Vaccination North-Western Provinces and Oudh 1878-1895 - 1878-1895
Year: 1878
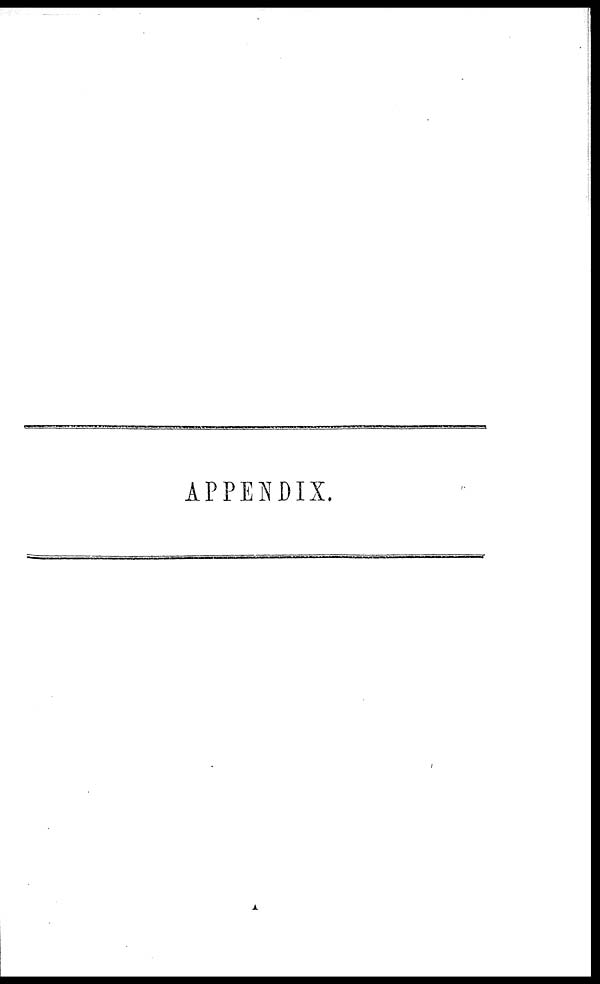
APPENDIX.